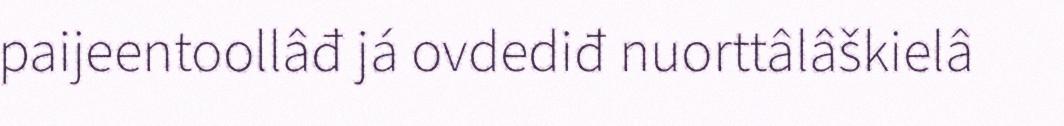
paijeentoollâđ já ovdediđ nuorttâlâškielâ